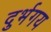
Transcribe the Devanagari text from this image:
दुर्भगय